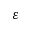
\varepsilon